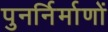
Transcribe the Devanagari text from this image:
पुनर्निर्माणों